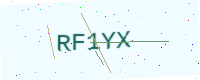
Text: RF1YX